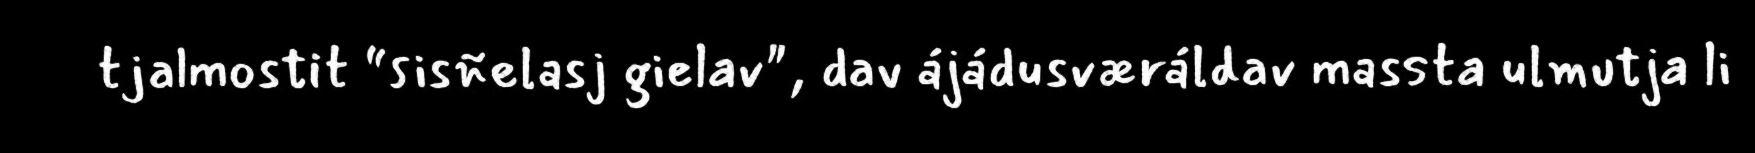
tjalmostit “sisñelasj gielav", dav ájádusværáldav massta ulmutja li